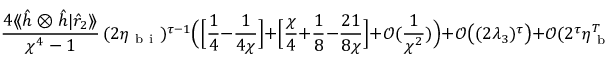
\frac { 4 \langle \! \langle \hat { h } \otimes \hat { h } | \hat { r } _ { 2 } \rangle \! \rangle } { \chi ^ { 4 } - 1 } \, ( 2 \eta _ { \mathrm { ~ b ~ i ~ } } ) ^ { \tau - 1 } \Big ( \Big [ \frac { 1 } { 4 } - \frac { 1 } { 4 \chi } \Big ] + \Big [ \frac { \chi } { 4 } + \frac { 1 } { 8 } - \frac { 2 1 } { 8 \chi } \Big ] + \mathcal { O } ( \frac { 1 } { \chi ^ { 2 } } ) \Big ) + \mathcal { O } \big ( ( 2 \lambda _ { 3 } ) ^ { \tau } \big ) + \mathcal { O } ( 2 ^ { \tau } \eta _ { \mathrm { ~ b ~ i ~ } } ^ { T } ) ,